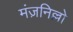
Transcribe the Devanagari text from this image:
मंज़निल्लो